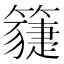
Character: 𥵯